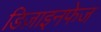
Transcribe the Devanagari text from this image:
डिज़ाइनफेज